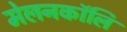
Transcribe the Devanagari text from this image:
मेलनकॉलि